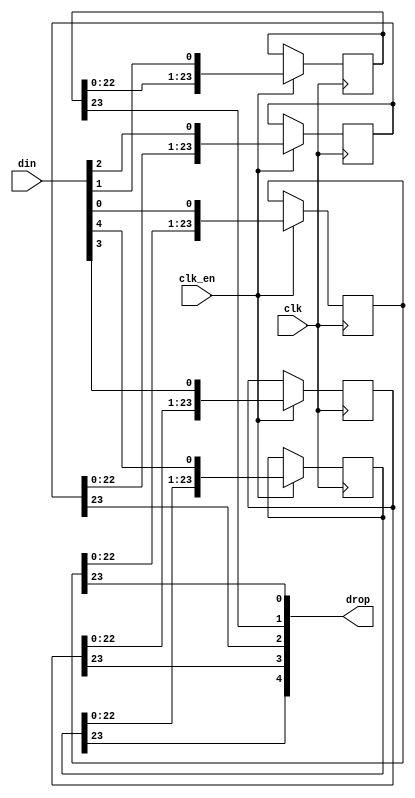
// This program was cloned from: https://github.com/atrac17/Toaplan2
// License: GNU General Public License v3.0

/*  This file is part of JTFRAME.
    JTFRAME program is free software: you can redistribute it and/or modify
    it under the terms of the GNU General Public License as published by
    the Free Software Foundation, either version 3 of the License, or
    (at your option) any later version.

    JTFRAME program is distributed in the hope that it will be useful,
    but WITHOUT ANY WARRANTY; without even the implied warranty of
    MERCHANTABILITY or FITNESS FOR A PARTICULAR PURPOSE.  See the
    GNU General Public License for more details.

    You should have received a copy of the GNU General Public License
    along with JTFRAME.  If not, see <http://www.gnu.org/licenses/>.

    Author: Jose Tejada Gomez. Twitter: @topapate
    Version: 1.0
    Date: 27-10-2017 */

module jtframe_sh #(parameter width=5, stages=24 )
(
    input                           clk,
    input                           clk_en,
    input       [width-1:0]         din,
    output      [width-1:0]         drop
);

reg [stages-1:0] bits[width-1:0];

// This makes the argument stages=1 valid:
localparam WM = stages>1 ? stages-2 : 0;

// The tool Verilator is troubled when stages==1
/* verilator lint_off WIDTH */
generate
    genvar i;
    for (i=0; i < width; i=i+1) begin: bit_shifter
        always @(posedge clk) if(clk_en) begin
                bits[i] <= {bits[i][WM:0], din[i]};
            end
        assign drop[i] = bits[i][stages-1];
    end
endgenerate
/* verilator lint_on WIDTH */

endmodule